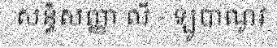
សន្ធិសញ្ញា លី - ឡូបាណូវ